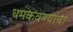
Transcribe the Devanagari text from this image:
धमकवण्याचा